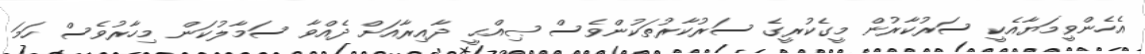
އެހެންވީމަޔާއެކީ ސަރުކާރުން މީގެކުރީގެ ސަރުކާރުތަކުންވެސް ޞިއްޙީ ދާއިރާއަށް ދެއްވާ ސަމާލުކަން މިހާރުވެސް ހަމަ